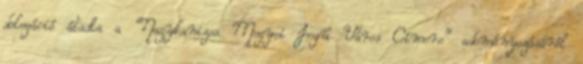
delegáció átadta a “Nagykanizsa Megyei Jogú Város Címere” adományozásáról